Annual statistical returns and brief notes on vaccination in Bengal - 1896-1909
Year: 1896
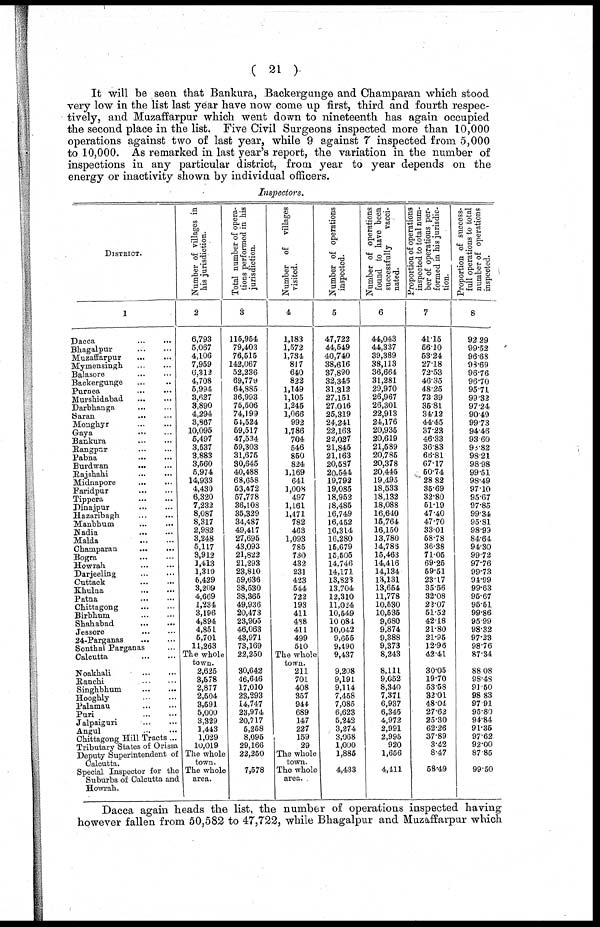
( 21 )
It will be seen that Bankura, Backergunge and Champaran which stood
very low in the list last year have now come up first, third and fourth respec-
tively, and Muzaffarpur which went down to nineteenth has again occupied
the second place in the list. Five Civil Surgeons inspected more than 10,000
operations against two of last year, while 9 against 7 inspected from 5,000
to 10,000. As remarked in last year's report, the variation in the number of
inspections in any particular district, from year to year depends on the
energy or inactivity shown by individual officers.
Inspectors.
DISTRICT.
1
Dacca ... ...
Bhagalpur
...
...
Muzaffarpur
...
...
Mymensingh ... ...
Balasore
...
...
Backergunge ...
Purnea
...
...
Murshidabad ... ...
Darbhanga
...
...
Saran
...
...
Monghyr
...
...
Gaya
...
...
Bankura ... ...
Rangpur
...
...
Pabna ... ...
Burdwan
...
...
Rajshahi ... ...
Midnapore
...
...
Faridpur
...
...
Tippera ... ...
Dinajpur ... ...
Hazaribagh
...
...
Manbhum
...
...
Nadia
...
...
Malda
...
...
Champaran
...
...
Bogra ... ...
Howrah ... ...
Darjeeling
...
...
Cuttack ... ...
Khulna ... ...
Patna ... ...
Chittagong
...
...
Birbhum ... ...
Shahabad
...
...
Jessore
...
...
24-Parganas
...
...
Sonthal Parganas ...
Calcutta
...
...
Noakhali ... ...
Ranchi ... ...
Singhbhum
...
...
Hooghly ... ...
Palamau ... ...
Puri
...
...
Jalpaiguri
...
...
Angul ... ...
Chittagong Hill Tracts ...
Tributary States of Orissa
Deputy Superintendent of
Calcutta.
Special Inspector for the
Suburbs of Calcutta and
Howrah.
Number of villages in
his jurisdiction.
2
6,793
5,067
4,106
7,959
6,312
4,708
5,994
3,627
3,890
4,294
3,867
10,095
5,497
3,537
3,883
3,560
5,974
14,933
4,430
6,320
7,232
8,087
8,317
2,982
3,248
5,117
3,912
1,413
1,319
5,429
3,209
4,669
1,234
3,196
4,894
4,851
5,701
11,263
The whole
town.
2,625
3,578
2,877
2,504
3,591
5,000
3,329
1,443
1,029
10,019
The whole
town.
The whole
area.
Total number of opera-
tions performed in his
jurisdiction.
3
115,954
79,403
76,515
142,067
62,236
69,779
64,885
36,993
75,506
74,199
54,524
59,517
47,534
59,303
31,675
30,645
40,488
68,658
53,472
57,778
36,108
35,329
34,487
49,417
27,695
43,093
21,822
21,293
23,810
59,636
38,530
38,365
49,936
20,473
23,905
46,063
43,971
73,169
22,250
30,642
46,646
17,010
23,293
14,747
23,974
20,717
5,258
8,095
29,166
22,250
7,578
Number of villages
visited.
4
1,183
1,572
1,734
817
640
822
1,149
1,105
1,246
1,066
992
1,786
704
546
850
824
1,169
641
1,008
497
1,161
1,471
782
463
1,093
785
730
432
231
423
544
722
193
411
488
411
499
510
The whole
town.
211
701
408
357
944
689
147
227
159
29
The whole
town.
The whole
area.
Number of operations
inspected.
5
47,722
44,549
40,740
38,616
37,890
32,346
31,312
27,151
27,016
25,319
24,241
22,163
22,027
21,845
21,163
20,587
20,544
19,792
19,085
18,952
18,485
16,749
16,452
16,314
16,280
15,679
15,505
14,746
14,171
13,823
13,704
12,310
11,024
10,549
10,084
10,042
9,655
9,490
9,437
9,208
9,191
9,114
7,458
7,085
6,623
5,242
3,274
3,068
1,000
1,885
4,433
Number of operations
found to have been
successfully
vacci-
nated.
6
44,043
44,337
39,389
38,113
36,664
31,281
29,970
26,967
26,301
22,913
24,176
20,935
20,619
21,589
20,785
20,378
20,445
19,495
18,533
18,132
18,088
16,640
15,764
16,150
13,780
14,788
15,463
14,416
14,134
13,131
13,654
11,778
10,530
10,535
9,680
9,874
9,388
9,373
8,243
8,111
9,052
8,340
7,371
6,937
6,345
4,972
2,991
2,995
920
1,656
4,411
Proportion of operations
inspected to total num-
ber of operations per-
formed in his jurisdic-
tion.
7
41.15
56.10
63.24
27.18
72.53
46.35
48.25
73.39
35.81
34.12
44.45
37.23
46.33
36.83
66.81
67.17
50.74
28.82
35.69
32.80
51.19
47.40
47.70
33.01
68.78
36.38
71.05
69.25
59.51
23.17
35.56
32.08
22.07
51.52
42.18
21.80
21.95
12.96
42.41
30.05
19.70
53.58
32.01
48.04
27.62
25.30
62.26
37.89
3.42
8.47
58.49
Proportion of success-
full operations to total
number of operations
inspected.
8
92.29
99.52
96.68
98.69
96.76
96.70
95.71
99.32
97.24
90.49
99.73
94.46
93.60
98.82
98.21
98.98
99.51
98.49
97.10
95.67
97.85
99.34
95.81
98.99
84.64
94.30
99.72
97.76
99.73
94.99
99.63
95.67
95.51
99.86
95.99
98.32
97.23
98.76
87.34
88.08
98.48
91.50
98.83
97.91
95.80
94.84
91.35
97.62
92.00
87.85
99.50
Dacca again heads the list, the number of operations inspected having
however fallen from 50,582 to 47,722, while Bhagalpur and Muzaffarpur which